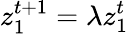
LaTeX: z_{1}^{t+1}=\lambda z_{1}^{t}